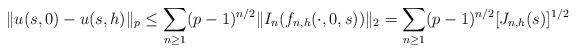
LaTeX: \begin{align*}\|u(s,0)-u(s,h)\|_p \leq \sum_{n\geq 1}(p-1)^{n/2}\|I_n({f}_{n,h}(\cdot,0,s))\|_2=\sum_{n\geq 1}(p-1)^{n/2}[J_{n,h}(s)]^{1/2}\end{align*}